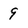
Character: 9